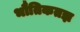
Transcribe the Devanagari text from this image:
भौतिकतज्ञ